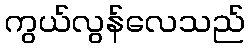
ကွယ်လွန်လေသည်